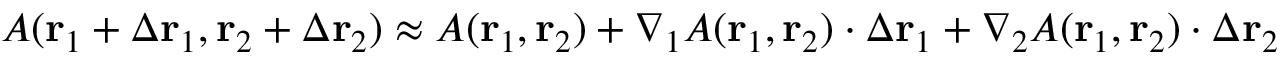
A ( \mathbf { r } _ { 1 } + \Delta \mathbf { r } _ { 1 } , \mathbf { r } _ { 2 } + \Delta \mathbf { r } _ { 2 } ) \approx A ( \mathbf { r } _ { 1 } , \mathbf { r } _ { 2 } ) + \nabla _ { 1 } A ( \mathbf { r } _ { 1 } , \mathbf { r } _ { 2 } ) \cdot \Delta \mathbf { r } _ { 1 } + \nabla _ { 2 } A ( \mathbf { r } _ { 1 } , \mathbf { r } _ { 2 } ) \cdot \Delta \mathbf { r } _ { 2 }